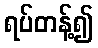
ရပ်တန့်၍